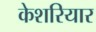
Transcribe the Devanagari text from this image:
केशरियार